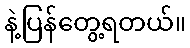
နဲ့ပြန်တွေ့ရတယ်။